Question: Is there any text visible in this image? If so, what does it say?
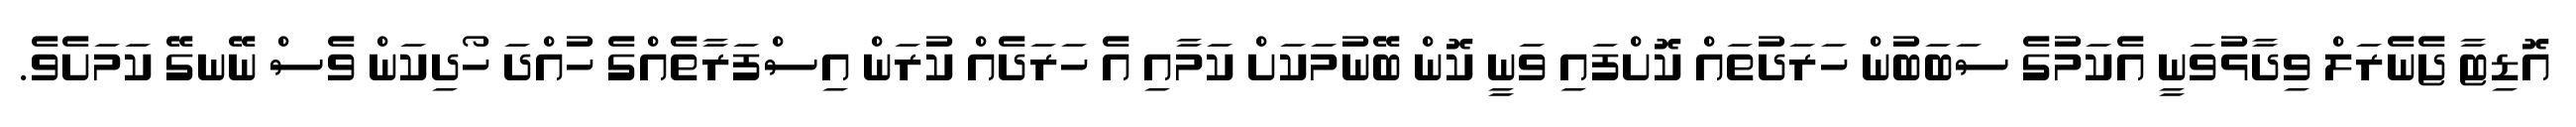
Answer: އޮޑިޓާ ޖެނެރަލް ވިދާޅުވަނީ އެކަމުގެ ސަބަބުން ހަރަދުތައް ކޮށްފައި ވަނީ ކޮން ބޭނުމަކަށް ކަމާއި އެ ހަރަދެއް ކުރަން އިސްފަރާތެއްގެ ހުއްދަ ހޯދިކަން ވެސް ނޭނގޭ ކަމަށެވެ.